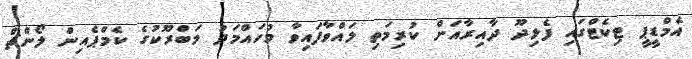
އެމްޑީޕީ ޓިކެޓްގައި ފެލިދޫ ދާއިރާއަށް ކުރިމަތި ލައްވާފައިވާ މުހައްމަދު މަބްރޫކުގެ ކެމްޕެއިން ލޯންޗް